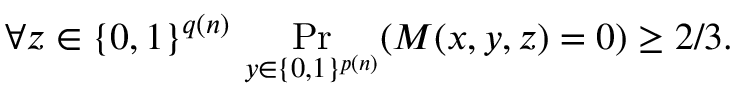
\forall z \in \{ 0 , 1 \} ^ { q ( n ) } \, \Pr _ { y \in \{ 0 , 1 \} ^ { p ( n ) } } ( M ( x , y , z ) = 0 ) \geq 2 / 3 .